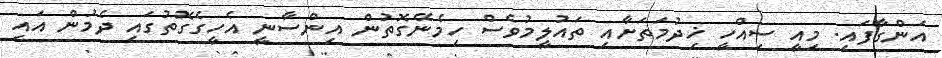
އަންގާފައި. މިއީ ސިއްހީ ޚިދުމަތަށާއި ތައުލީމުވެސް ހިމެނޭގޮތުން އިންސާނީ އެހީގެގޮތުގައި ދެމުން އައި